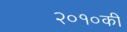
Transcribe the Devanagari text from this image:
२०१०की